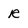
Character: R